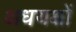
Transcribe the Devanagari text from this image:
अधयक्षों